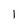
Character: 1